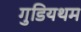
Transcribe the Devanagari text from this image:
गुडियथम